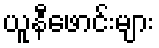
ယူနီဖောင်းများ